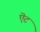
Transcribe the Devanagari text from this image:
ऎट